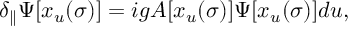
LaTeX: \delta _ { \parallel } \Psi [ x _ { u } ( \sigma ) ] = i g A [ x _ { u } ( \sigma ) ] \Psi [ x _ { u } ( \sigma ) ] d u ,